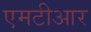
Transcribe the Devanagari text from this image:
एमटीआर